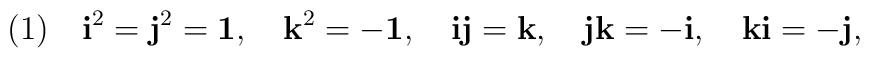
(1) \quad {\mbox{\bf{i}}}^2={\mbox{\bf{j}}}^2={\mbox{\bf{1}}}, \quad {\mbox{\bf{k}}}^2= -{\mbox{\bf{1}}}, \quad {\mbox{\bf{i}}}{\mbox{\bf{j}}}={\mbox{\bf{k}}}, \quad {\mbox{\bf{j}}}{\mbox{\bf{k}}}=-{\mbox{\bf{i}}}, \quad {\mbox{\bf{k}}}{\mbox{\bf{i}}}=-{\mbox{\bf{j}}},